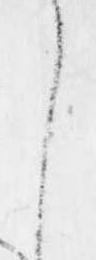
し